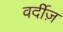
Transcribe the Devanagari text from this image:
वर्दीज़